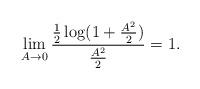
LaTeX: \begin{align*}\lim_{A \to 0} \frac{ \frac{1}{2} \log(1+\frac{A^2}{2})}{ \frac{A^2}{2} } =1.\end{align*}